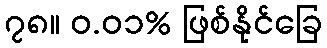
၇၈။ ၀.၀၁% ဖြစ်နိုင်ခြေ